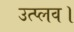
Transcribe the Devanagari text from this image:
उत्प्लव।